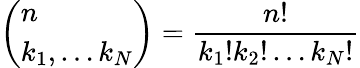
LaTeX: \left(\begin{array}{l}{n}\\ {k_{1},\ldots k_{N}}\end{array}\right)=\frac{n!}{k_{1}!k_{2}!\ldots k_{N}!}